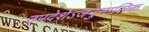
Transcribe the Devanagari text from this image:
उपदेशेऽजनुनासिक